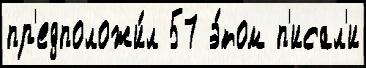
пр'едположи́л 57 э́том п'исал'и